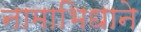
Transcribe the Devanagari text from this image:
नामाभिधाने